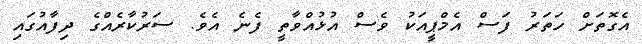
އެގޮތަށް ހަތަރު ފަސް އެމްޕީއަކު ވެސް އުޅުއްވާތީ ފެނެ އެވެ. ސަރުކާރެއްގެ ދިފާއުގައި